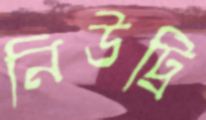
নিউট্রি